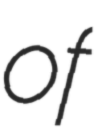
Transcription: of